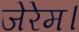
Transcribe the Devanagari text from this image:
जेरेम।